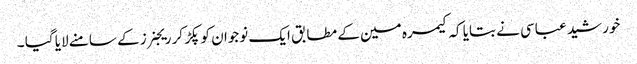
خورشید عباسی نے بتایا کہ کیمرہ مین کے مطابق ایک نوجوان کو پکڑ کر ریجنرز کے سامنے لایا گیا ۔